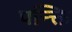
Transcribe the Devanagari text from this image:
पन्क्ति